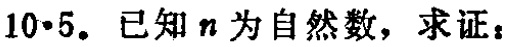
10·5. 已知 \(n\) 为自然数，求证：